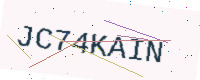
Text: JC74KAIN